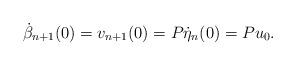
LaTeX: \begin{align*}\dot{\beta}_{n+1}(0) = v_{n+1}(0) = P \dot{\eta}_n(0) = P u_0.\end{align*}